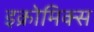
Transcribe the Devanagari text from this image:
इक्रोमिक्स